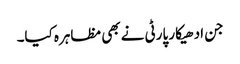
جن ادھیکار پارٹی نے بھی مظاہرہ کیا۔